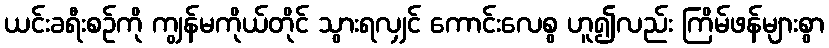
ယင်းခရီးစဉ်ကို ကျွန်မကိုယ်တိုင် သွားရလျှင် ကောင်းလေစွ ဟူ၍လည်း ကြိမ်ဖန်များစွာ